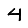
Digit: 4